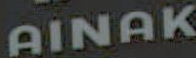
AINAK